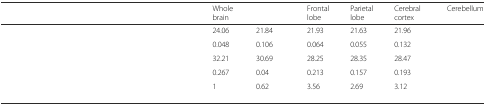
<table><thead><tr><td>[EMPTY_CELL]</td><td><b>Whole brain</b></td><td>[EMPTY_CELL]</td><td><b>Frontal lobe</b></td><td><b>Parietal lobe</b></td><td><b>Cerebral cortex</b></td><td><b>Cerebellum</b></td></tr></thead><tbody><tr><td>[EMPTY_CELL]</td><td>24.06</td><td>21.84</td><td>21.93</td><td>21.63</td><td>21.96</td><td>[EMPTY_CELL]</td></tr><tr><td>[EMPTY_CELL]</td><td>0.048</td><td>0.106</td><td>0.064</td><td>0.055</td><td>0.132</td><td>[EMPTY_CELL]</td></tr><tr><td>[EMPTY_CELL]</td><td>32.21</td><td>30.69</td><td>28.25</td><td>28.35</td><td>28.47</td><td>[EMPTY_CELL]</td></tr><tr><td>[EMPTY_CELL]</td><td>0.267</td><td>0.04</td><td>0.213</td><td>0.157</td><td>0.193</td><td>[EMPTY_CELL]</td></tr><tr><td>[EMPTY_CELL]</td><td>1</td><td>0.62</td><td>3.56</td><td>2.69</td><td>3.12</td><td>[EMPTY_CELL]</td></tr></tbody></table>